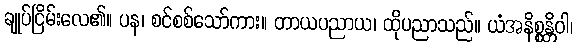
ချုပ်ငြိမ်းလေ၏။ ပန၊ စင်စစ်သော်ကား။ တာယပညာယ၊ ထိုပညာသည်။ ယံအနိစ္စန္တိဝါ၊